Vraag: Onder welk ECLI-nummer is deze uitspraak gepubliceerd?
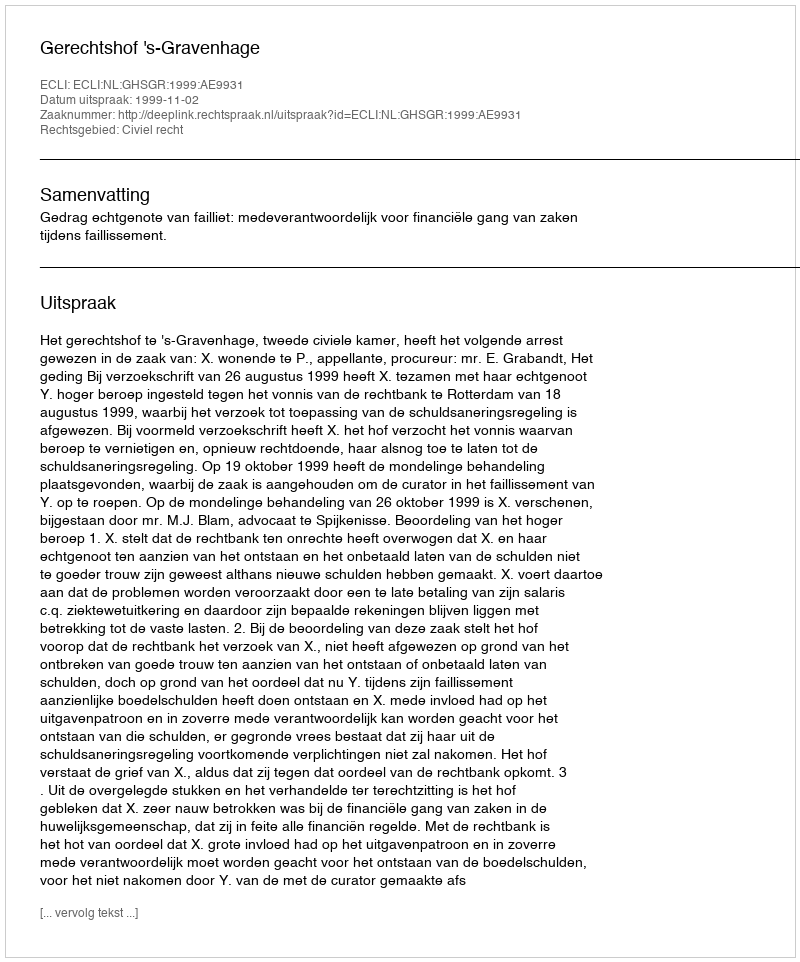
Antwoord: ECLI:NL:GHSGR:1999:AE9931